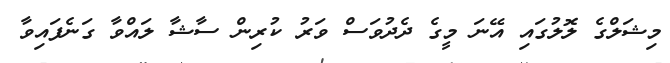
މިޝަލްގެ ލޮލުގައި އޭނަ މީގެ ދެދުވަސް ވަރު ކުރިން ސާޝާ ލައްވާ ގަނެފައިވާ